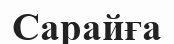
Сарайға